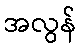
အလွန်